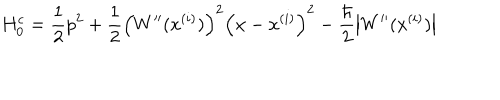
LaTeX: H _ { 0 } ^ { c } = \frac { 1 } { 2 } p ^ { 2 } + \frac { 1 } { 2 } \left( W ^ { \prime \prime } ( x ^ { ( i ) } ) \right) ^ { 2 } \left( x - x ^ { ( i ) } \right) ^ { 2 } - \frac { \hbar } { 2 } \left| W ^ { \prime \prime } ( x ^ { ( i ) } ) \right|